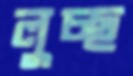
লুচ্ছ